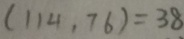
( 1 1 4 . 7 6 ) = 3 8